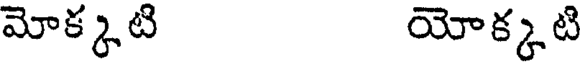
మోక్కటి యోక్కటి